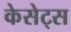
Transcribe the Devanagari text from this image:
केसेट्स